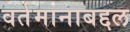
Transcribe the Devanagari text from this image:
वर्तमानाबद्दल